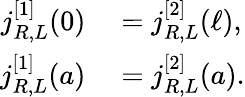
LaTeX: \begin{array}{rl}{j_{R,L}^{[1]}(0)}&{{}=j_{R,L}^{[2]}(\ell),}\\ {j_{R,L}^{[1]}(a)}&{{}=j_{R,L}^{[2]}(a).}\end{array}